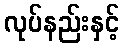
လုပ်နည်းနှင့်